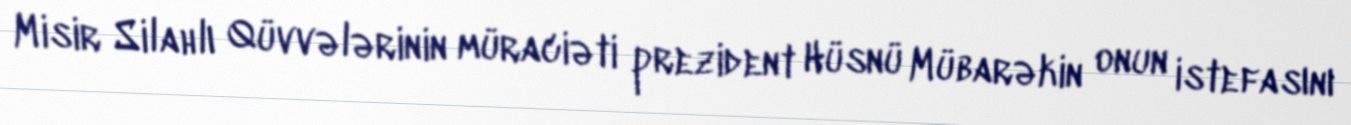
Misir Silahlı Qüvvələrinin müraciəti prezident Hüsnü Mübarəkin onun istefasını